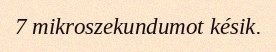
7 mikroszekundumot késik.